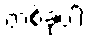
တစ်ခုပါ